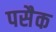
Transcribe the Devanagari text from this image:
पसैक